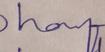
Signature authenticity: genuine